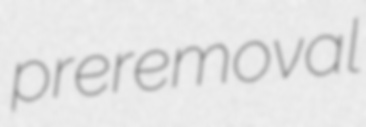
preremoval